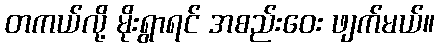
တကယ်လို့ မိုးရွာရင် အစည်းဝေး ဖျက်မယ်။